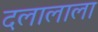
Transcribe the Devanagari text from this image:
दलालाला